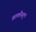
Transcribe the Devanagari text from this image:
व्रतकौस्तुभ